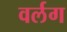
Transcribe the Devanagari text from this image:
वर्लग